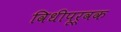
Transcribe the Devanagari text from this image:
विधीपूर्वक